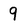
Character: 9